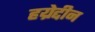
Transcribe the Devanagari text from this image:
हय्रेद्दीन